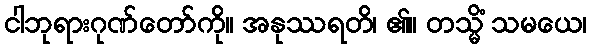
ငါဘုရားဂုဏ်တော်ကို။ အနုဿရတိ၊ ၏။ တသ္မိံ သမယေ၊